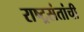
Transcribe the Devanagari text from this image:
राष्ट्रसंतांची